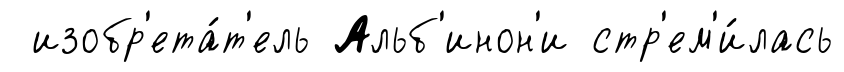
изобр'ета́т'ель Альб'инон'и стр'ем'и́лась